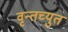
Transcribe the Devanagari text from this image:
वृन्तच्युत